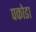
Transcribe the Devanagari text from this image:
पकोडा